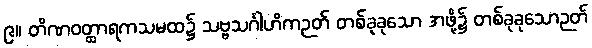
၉။ တိဏဝတ္ထာရကသမထ၌ သဗ္ဗသင်္ဂါဟိကဉတ် တစ်ခုခုသော အဖို့၌ တစ်ခုခုသောဉတ်